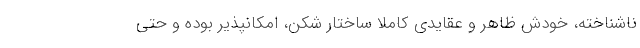
ناشناخته، خودش ظاهر و عقایدی کاملاً ساختار شکن، امکانپذیر بوده و حتی